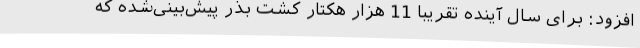
افزود: برای سال آینده تقریباً 11 هزار هکتار کشت بذر پیش‌بینی‌شده که